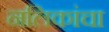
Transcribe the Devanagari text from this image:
नलिकांचा